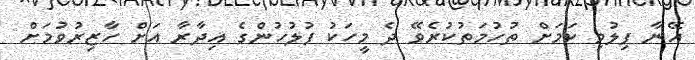
އޭނާ ފިލުވި ކަމަށް ތުހުމަތުކުރެވޭ ދެ މީހަކު ފުލުހުންގެ އިދާރާ އަށް ހާޒިރުވުމަށް